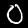
Label: 0